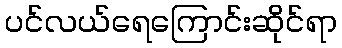
ပင်လယ်ရေကြောင်းဆိုင်ရာ